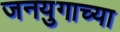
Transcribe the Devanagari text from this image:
जनयुगाच्या